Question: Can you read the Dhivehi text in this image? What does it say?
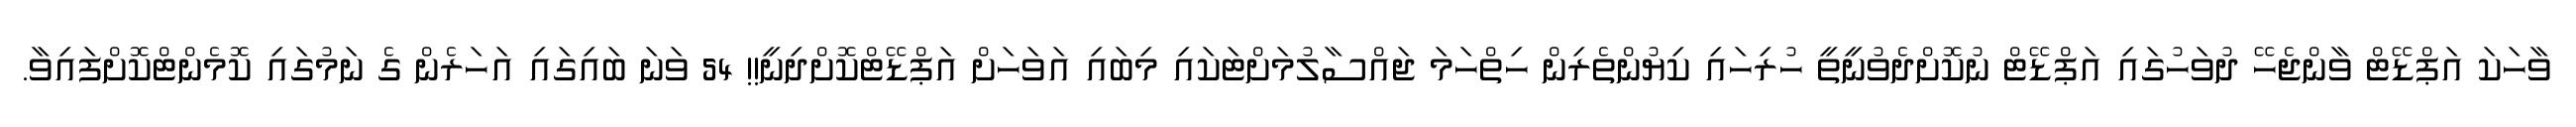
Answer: ވާހަކަ އަޕްޑޭޓް ވާންޖެހޭ ދުވަހުގައި އަޕްޑޭޓް ނުކޮށްދެވުނީތީ ހުރިހައި ކިޔުންތެރިން ހިތްހަމަ ޖައްސާލުމަށްޓަކައި މިބައި އަވަހަށް އަޕްޑޭޓްކޮށްދިނީ!! 54 ވަނަ ބައިގައި އަހަރެން ގެ ނަމުގައި ކޮމެންޓްކޮށްފައިވާ.